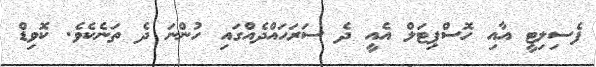
ފެސިލިޓީ އާއި ހޮސްޕިޓަލް އެއީ ދެ ސަރަހައްދެއްގައި ހުންނަ ދެ ތަނެކެވެ. ކޮވިޑް